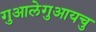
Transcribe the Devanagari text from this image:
गुआलेगुआयचु